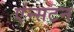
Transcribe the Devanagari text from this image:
एंन्सटन